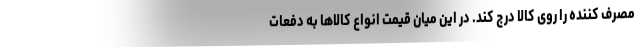
مصرف کننده را روی کالا درج کند. در این میان قیمت انواع کالاها به دفعات